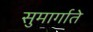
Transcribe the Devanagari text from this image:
सुमार्गाते